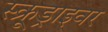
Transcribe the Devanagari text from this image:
स्क्रूड्राइवर